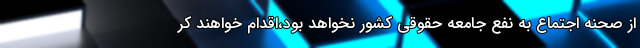
از صحنه اجتماع به نفع جامعه حقوقی کشور نخواهد بود،اقدام خواهند کر